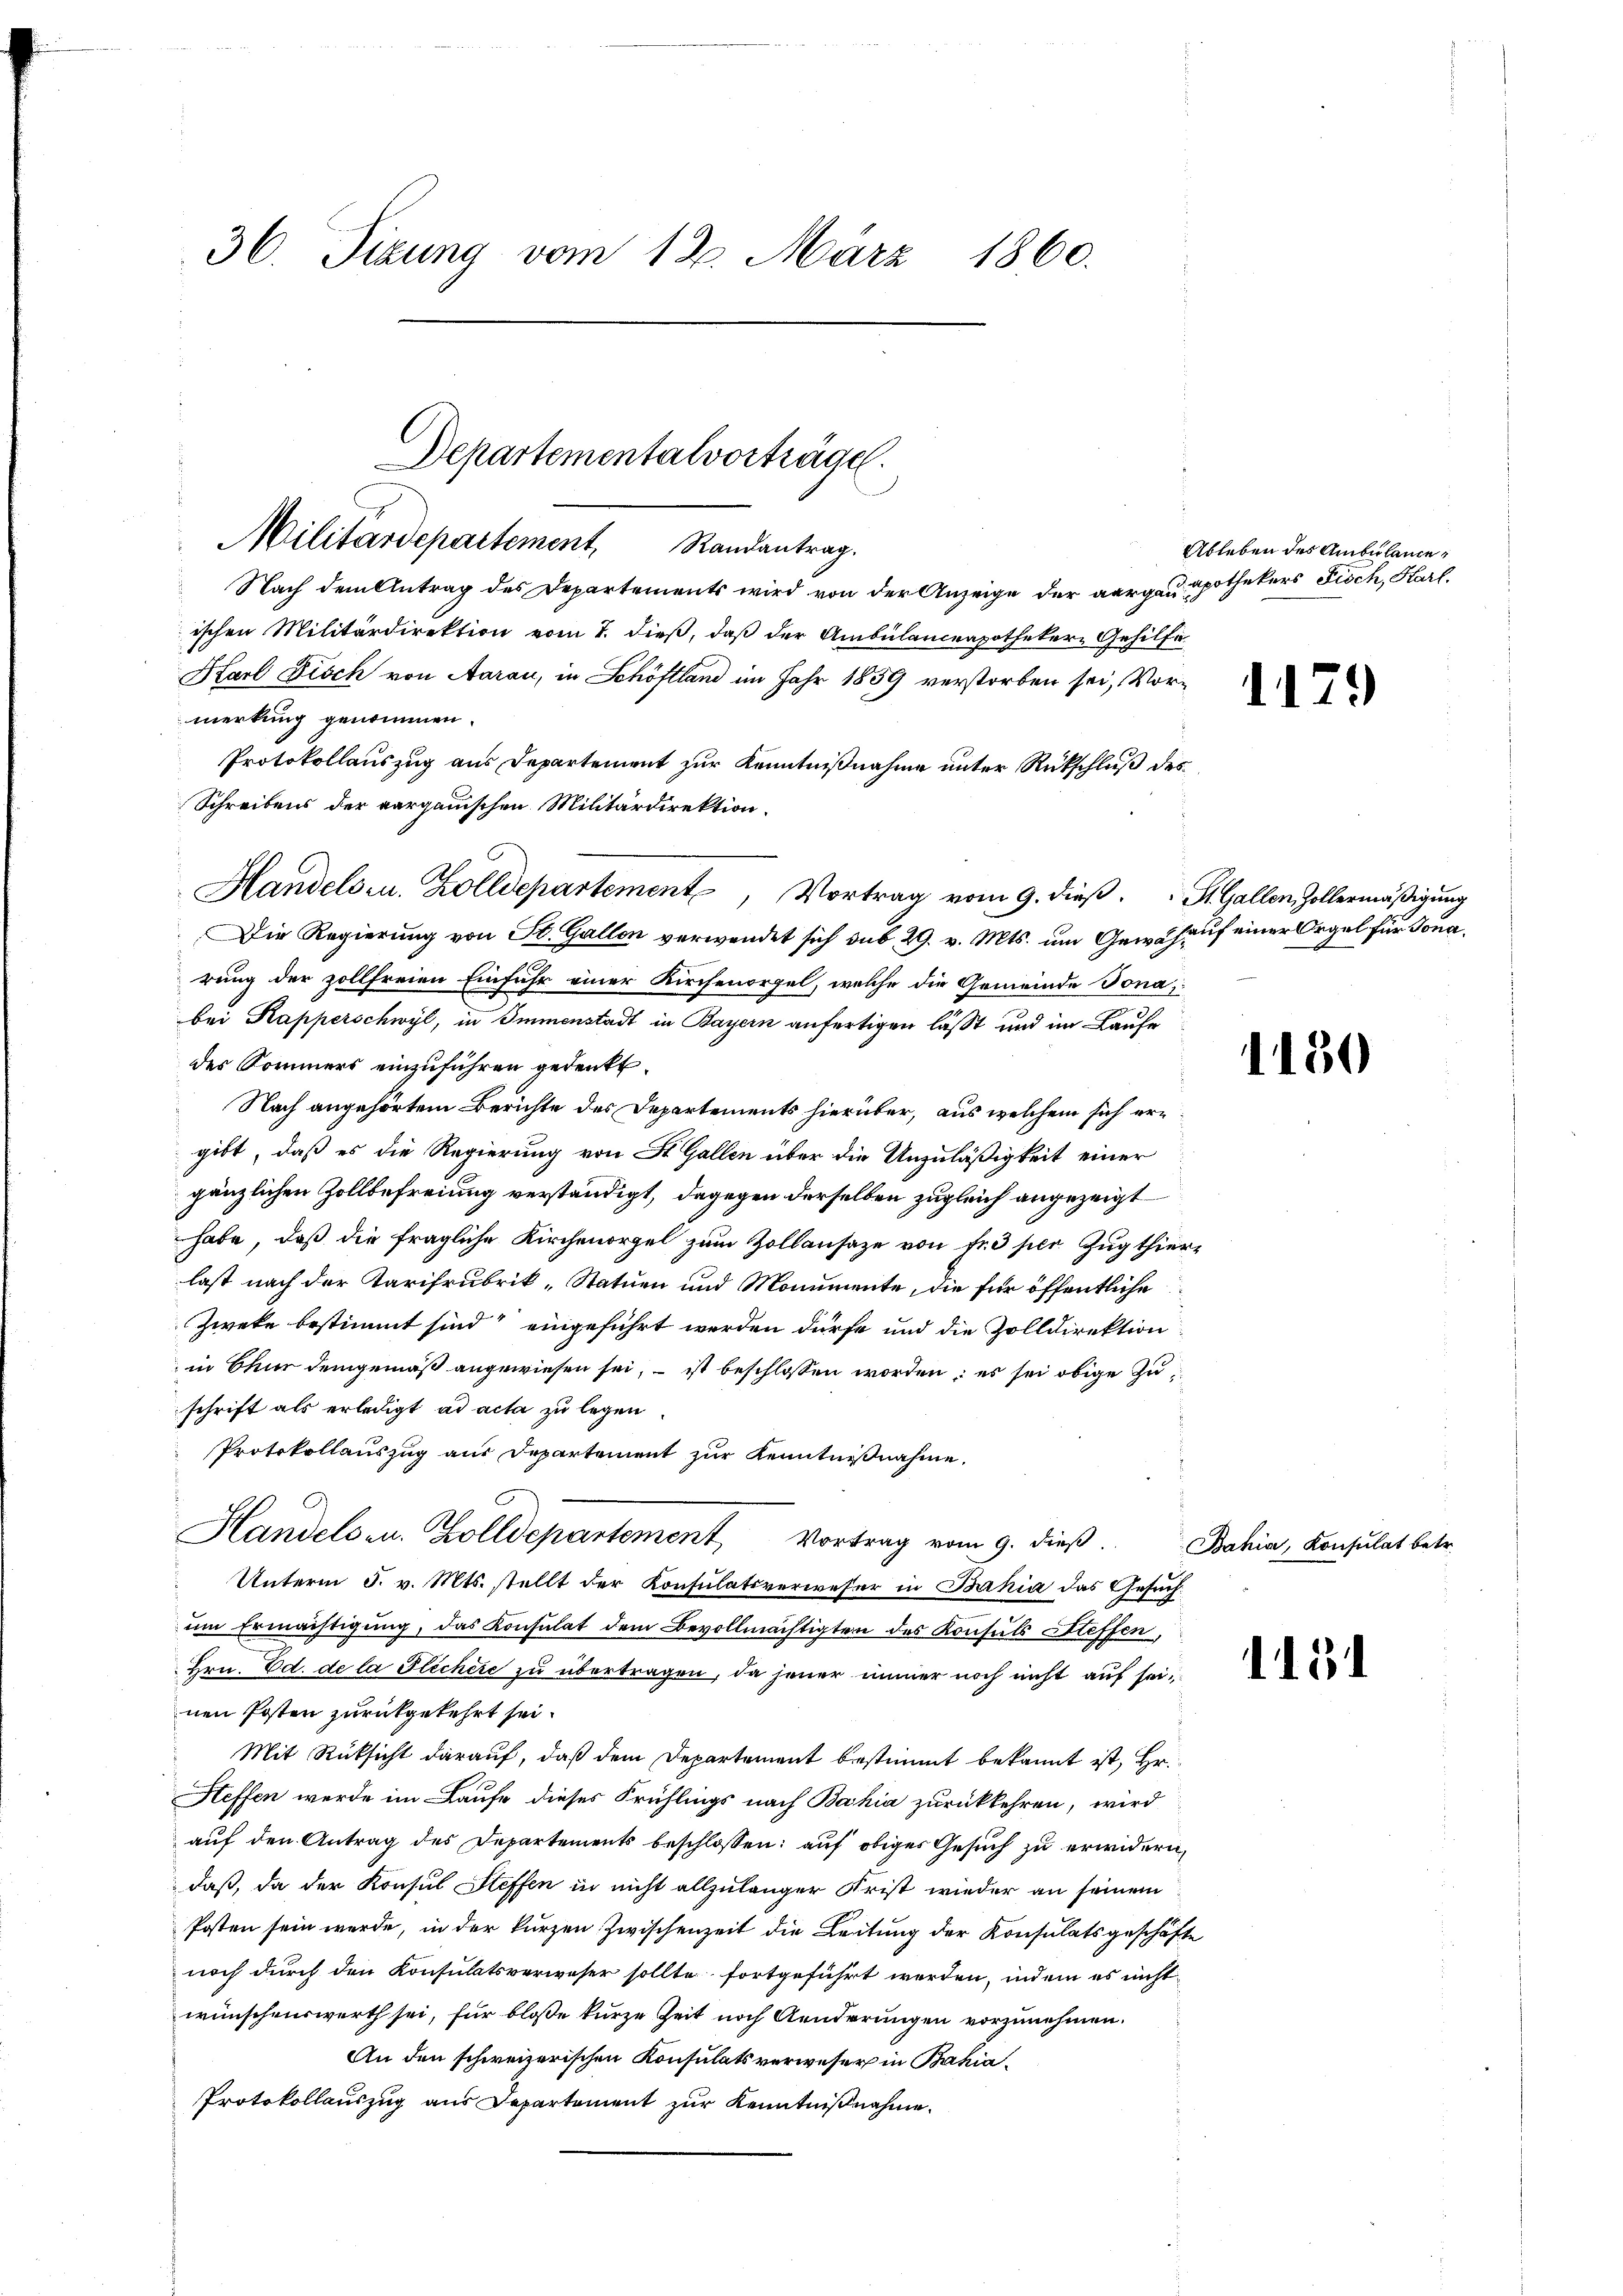
36. Tizung vom 12. März 1860.

Nach dem Antrag des Departements wird von der Anzeige der aargen pothekers Fisch, Haarl.
ischen Militärdirektion vom 7. dieß, daß der Ambülanceapotheker-Gehilfe
Karl Fisch von Aarau, in Schöftland im Jahr 1859 verstorben sei, Vormerkung genommen.
Protokollauszug aus Departement zur Kenntnißnahme unter Rückschluß des
Schreibens der verganischen Militärdirektion.
Handels u. Zolldepartement, Vortrag vom 9. dieß. St. Gallen, Zollermäßigung
Die Regierung von St. Gallen verwendet sich sub 29. v. Mts. um Gewihauf einer Orgel für Jonarung der zollfreien Einfuhr einer Kirchenorgel, welche die Gemeinde Jona,
bei Kapperschwyl, in Immenstadt in Bayern anfertigen lässt und im Laufe
des Kommers einzuführen gedenkt.
Nach angehörtem Berichte des Departements hierüber, aus welchem sich ergibt, daß es die Regierung von St. Gallen über die Unzuläßigkeit einer
gänzlichen Zollbefreiung verständigt, dagegen derselben zugleich angezeigt
habe, daß die fragliche Kirchenorgel zum Zollansaze von Fr. 3 per Zugthierlast nach der Karifrubrik „Statuen und Monumente, die für öffentliche
Zweke bestimmt sind“ eingeführt werden dürfe und die Zolldirektion
in Chur demgemäß angewiesen sei, – ist beschlossen worden; es sei obige Zuschrift als erledigt ad acta zu legen.
Protokollauszug aus Departement zur Kenntnißnahme.
Handelsen. Zolldepartement, Vortrag vom 9. dieß.
Unterm 5. v. Mts. stellt der Konsulatsverweser in Bahia das Gesuch
um Ermächtigung, das Konsulat dem Bevollmächtigten des Konsuls Steffen,
Hrn. Ed. de la Flichere zu übertragen, da jener immer noch nicht auf seinen Posten zurückgekehrt sei.
Mit Rücksicht darauf, daß dem Departement bestimmt bekannt ist, Hr.
Heffen werde im Laufe dieses Frühlings nach Bahia zurückkehren, wird
aŭf den Antrag des Departements beschlossen: auf obiges Gesuch zu erwidern,
daß, da der Konsul Steffen in nicht allzulanger Krist wieder an seinem
Posten sein werde, in der kurzen Zwischenzeit die Leitung der Konsulatsgeschäfte
noch durch den Konsulatsverweser sollte fortgeführt werden, indem es nicht
wünschenswerth sei, für bloße kurze Zeit noch Aenderungen vorzunehmen.
An den schweizerischen Konsulatsverweser in Bahia¬
Protokollauszug aus Departement zur Kenntnißnahme.

Departementalvorträge.
Militärdepartement Randantrag.

Ableben des Ambulance

1179

1150

115

Bahia, Konsulat betr.